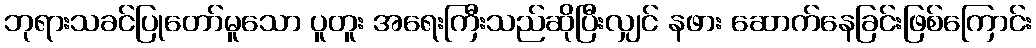
ဘုရားသခင်ပြုတော်မူသော ပူတူး အရေးကြီးသည်ဆိုပြီးလျှင် နဖား ဆောက်နေခြင်းဖြစ်ကြောင်း